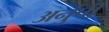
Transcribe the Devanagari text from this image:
अनुंपी